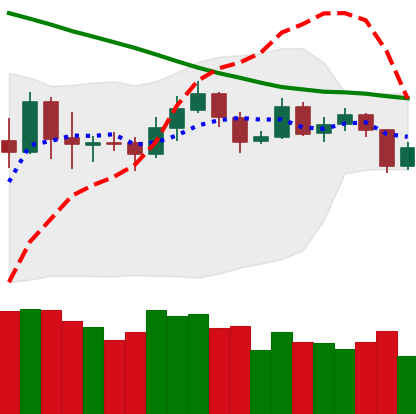
Ticker: ETH-USD
Chart end date: 2019-11-16
Forward return: -11.937%
Label: down_7plus